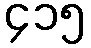
၄၁၅